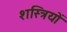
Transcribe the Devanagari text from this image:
शस्त्रियों